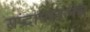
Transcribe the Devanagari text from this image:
संप्रदायातलेच